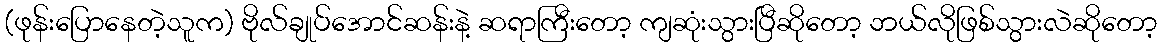
(ဖုန်းပြောနေတဲ့သူက) ဗိုလ်ချုပ်အောင်ဆန်းနဲ့ ဆရာကြီးတော့ ကျဆုံးသွားပြီဆိုတော့ ဘယ်လိုဖြစ်သွားလဲဆိုတော့